Indian journal of veterinary science and animal husbandry - Volume 5,
Year: 1935
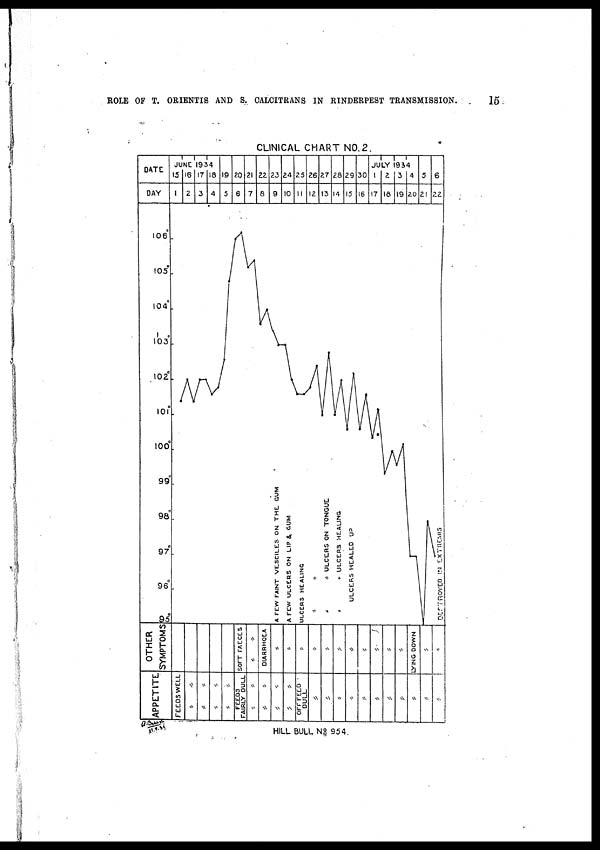
ROLE OF T. ORIENTIS AND S. CALCITRANS IN RINDERPEST TRANSMISSION.
15